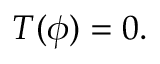
T ( \phi ) = 0 .